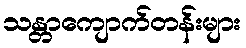
သန္တာကျောက်တန်းများ